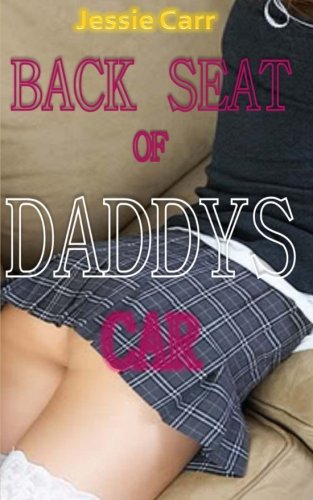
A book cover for Back Seat Of Daddys Car; Jessie Carr; Romance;